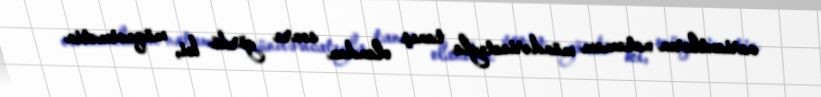
variantların natamam mündəricatıyla tanış olandan sonra gördü ki, müqavimətin